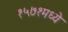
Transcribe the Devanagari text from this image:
१५७१मध्ये